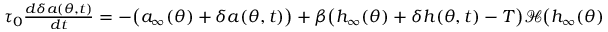
\begin{array} { r } { \tau _ { 0 } \frac { d \delta a ( \theta , t ) } { d t } = - \big ( a _ { \infty } ( \theta ) + \delta a ( \theta , t ) \big ) + \beta \big ( h _ { \infty } ( \theta ) + \delta h ( \theta , t ) - T \big ) \mathcal { H } \big ( h _ { \infty } ( \theta ) + \delta h ( \theta , t ) - T \big ) , } \end{array}